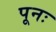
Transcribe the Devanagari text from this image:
पूनः